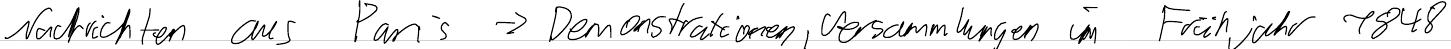
Nachrichten aus Paris -> Demonstrationen, Versammlungen im Frühjahr 1848